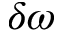
\delta \omega